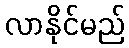
လာနိုင်မည်